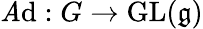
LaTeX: \operatorname{\mathit{A}d}:G\to\operatorname{GL}({\mathfrak{{g}}})